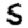
Digit: 5